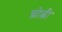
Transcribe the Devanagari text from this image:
च्रोब्री